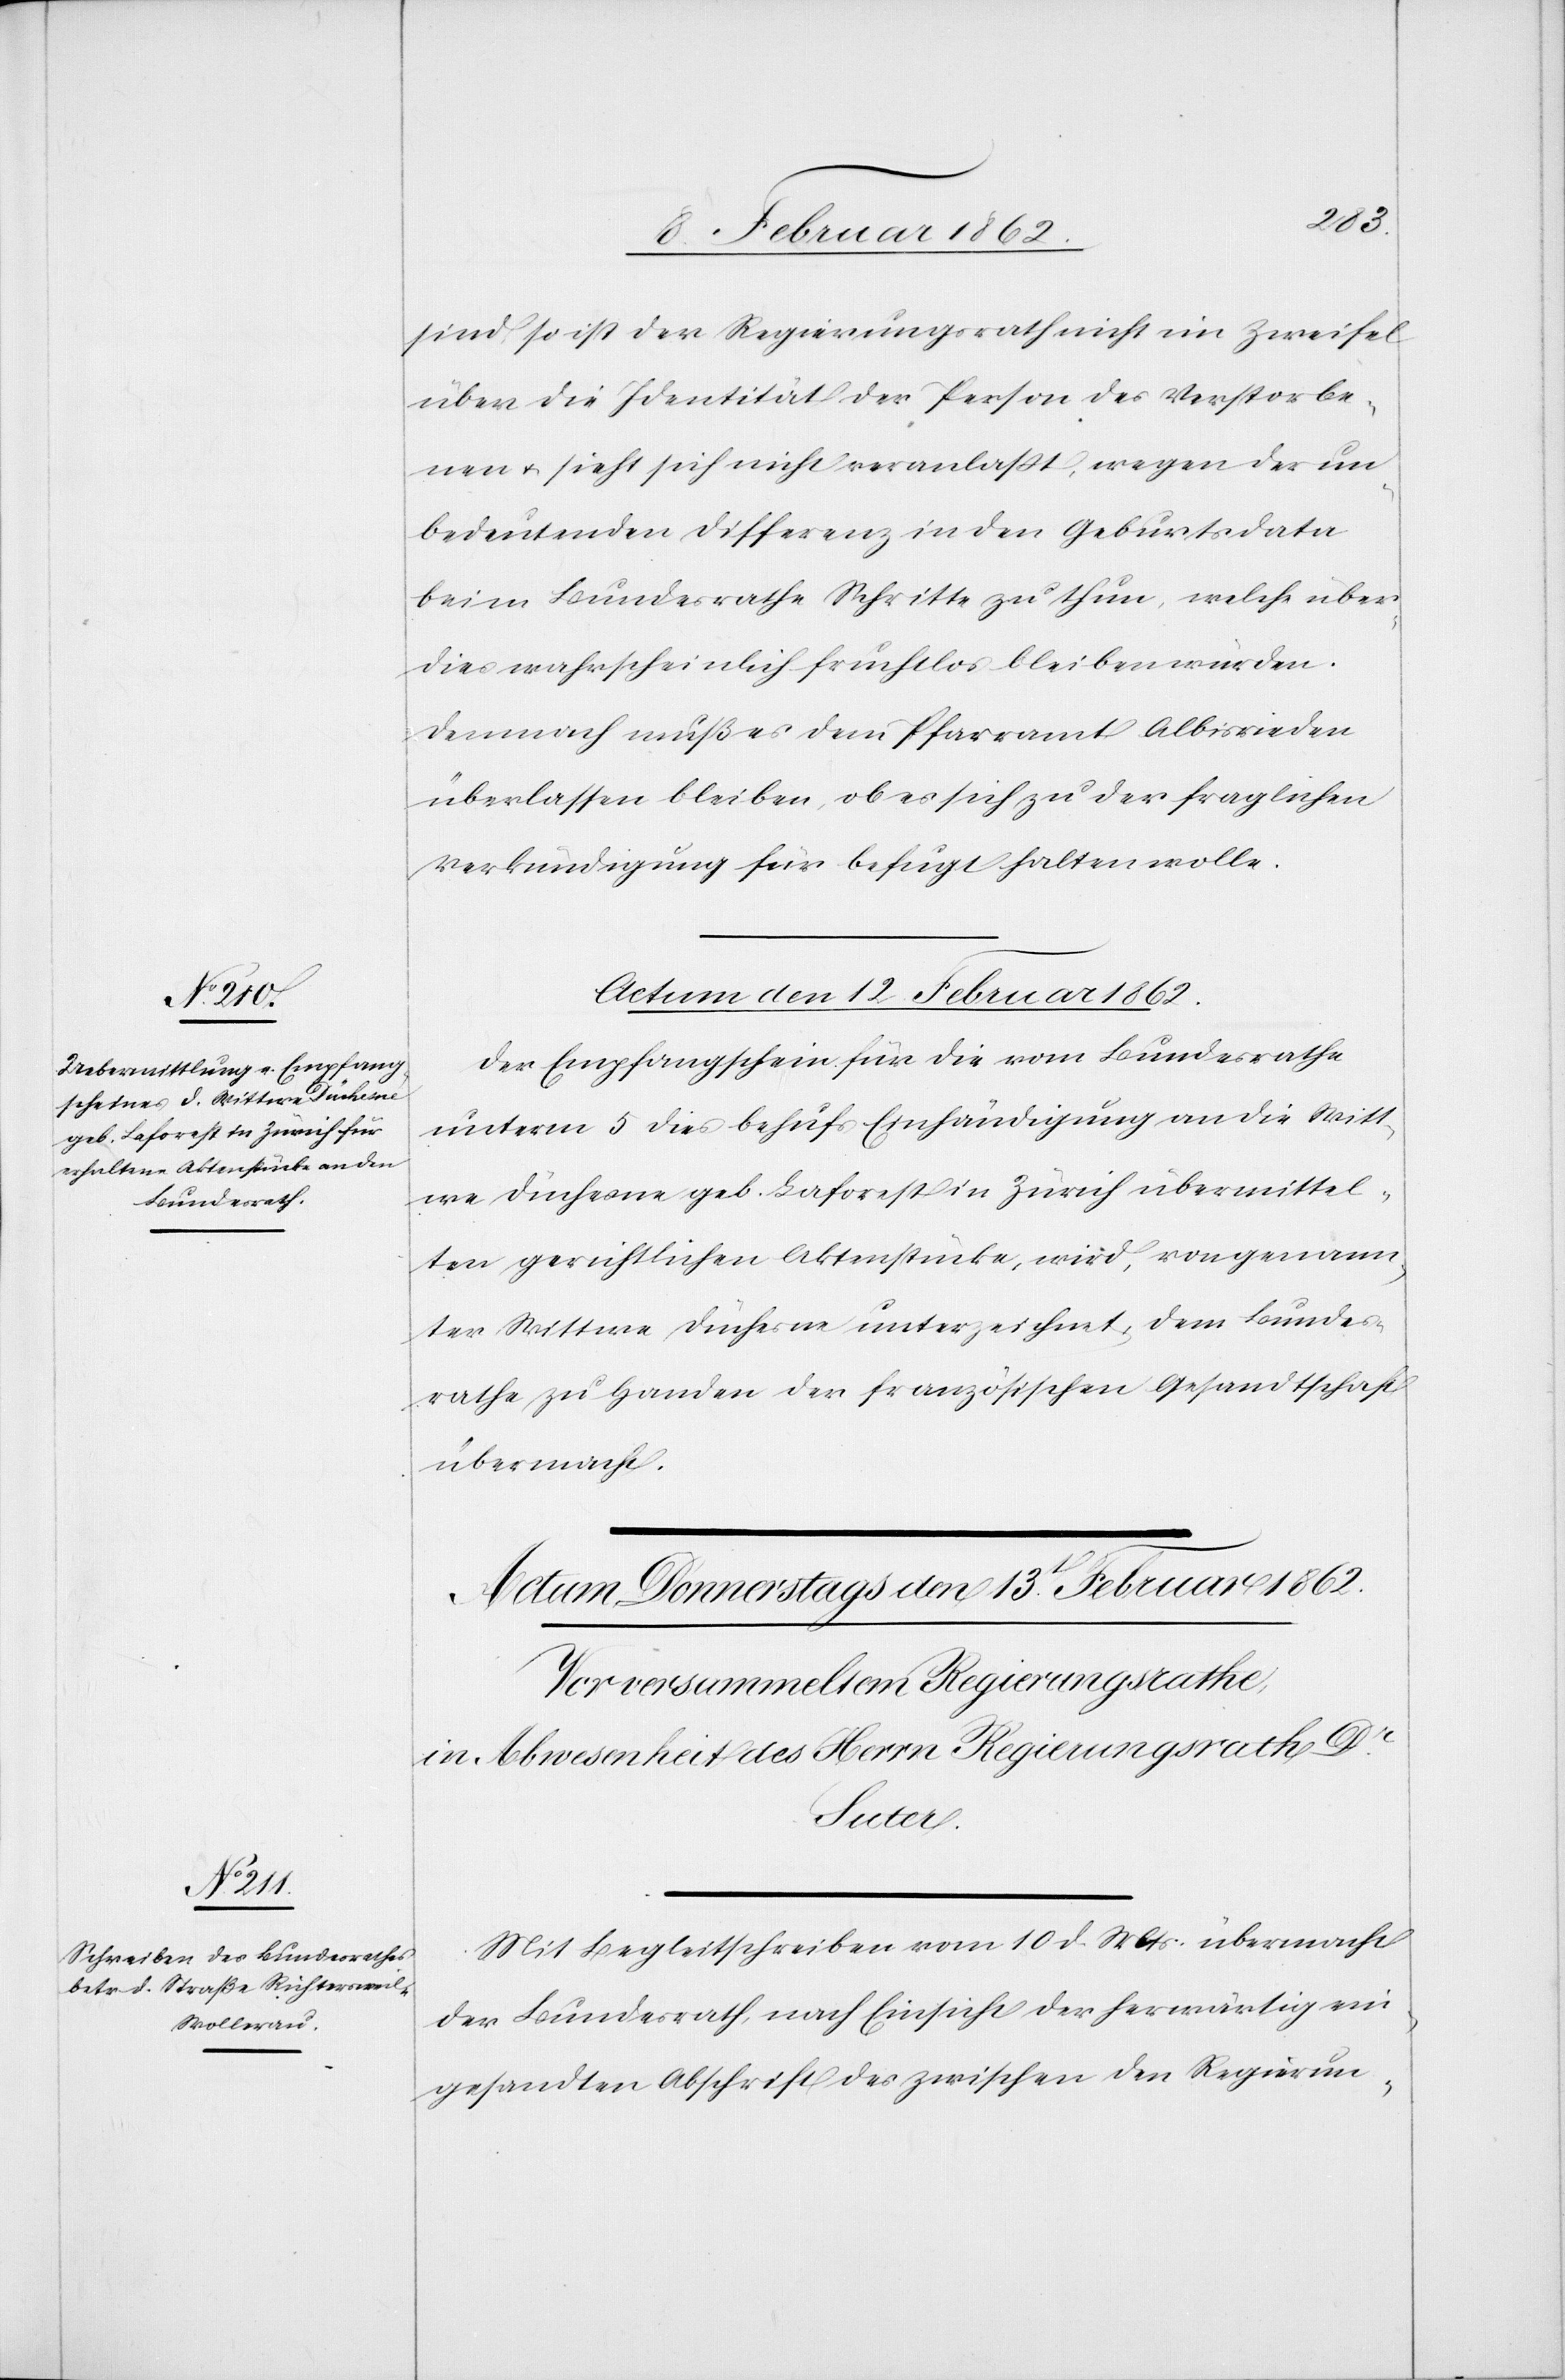
sind, so ist der Regierungsrath nicht im Zweifel
über die Identität der Person des Verstorbe¬
nen u. sieht sich nicht veranlaßt, wegen der un¬
bedeutenden Differenz in den Geburtsdata
beim Bundesrathe Schritte zu thun, welche über¬
dies wahrscheinlich fruchtlos bleiben würden.
Demnach muß es dem Pfarramt Albisrieden
überlassen bleiben, ob es sich zu der fraglichen
Verkündigung für befugt halten wolle.
Actum den 12 Februar 1862.
Der Empfangschein für die vom Bundesrathe
unterm 5 dies behufs Einhändigung an die Witt¬
we Düchesne geb. Laforest in Zürich übermittel¬
ten gerichtlichen Aktenstücke, wird, von genann¬
ter Wittwe Düchesne unterzeichnet, dem Bundes¬
rathe zu Handen der französischen Gesandtschaft
übermacht.
Mit Begleitschreiben vom 10 d. Mts. übermacht
der Bundesrath nach Einsicht der herwärtig ein¬
gesandten Abschrift des zwischen den Regierun-